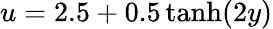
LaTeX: u=2.5+0.5\operatorname{tanh}(2y)